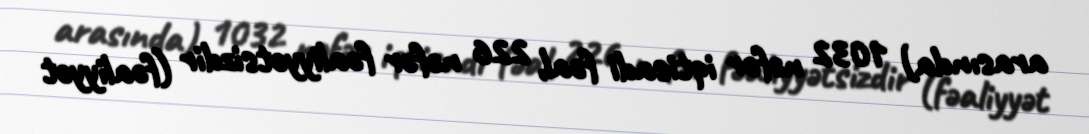
arasında) 1032 nəfər iqtisadi fəal, 226 nəfər fəaliyyətsizdir (fəaliyyət